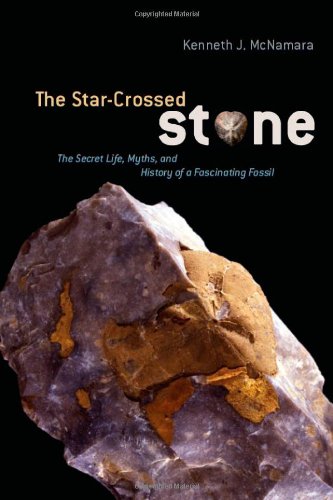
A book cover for The Star-Crossed Stone: The Secret Life, Myths, and History of a Fascinating Fossil; Kenneth J. McNamara; Science & Math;